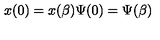
x ( 0 ) = x ( \beta ) \Psi ( 0 ) = \Psi ( \beta )